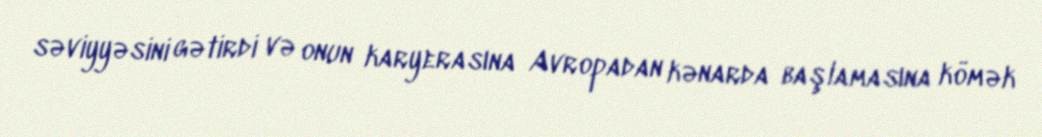
səviyyəsini gətirdi və onun karyerasına Avropadan kənarda başlamasına kömək